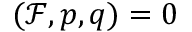
( \mathcal { F } , p , q ) = 0